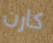
كارن